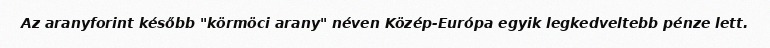
Az aranyforint később "körmöci arany" néven Közép-Európa egyik legkedveltebb pénze lett.